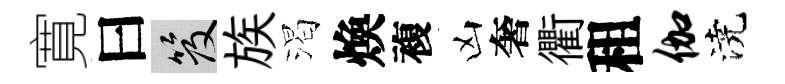
寛曰笈族渴煥複凶奢衢租伽澆